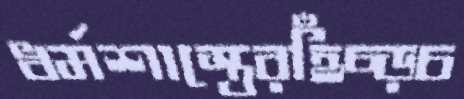
ধর্মশাস্ত্রেরহিঁচ্‌ড়চ